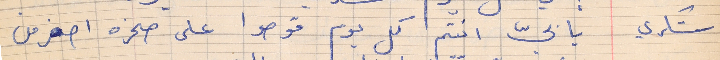
شكري يا بيّ انتم كل يوم قوصوا على صخره اصغر من